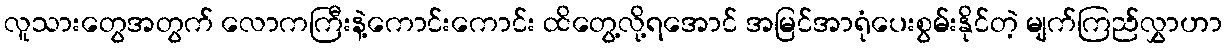
လူသားတွေအတွက် လောကကြီးနဲ့ကောင်းကောင်း ထိတွေ့လို့ရအောင် အမြင်အာရုံပေးစွမ်းနိုင်တဲ့ မျက်ကြည်လွှာဟာ